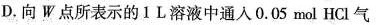
D.向W点所表示的1L溶液中通入0.05mol HCl气